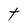
Character: t